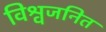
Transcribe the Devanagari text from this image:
विश्वजनित